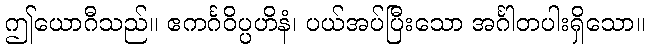
ဤယောဂီသည်။ ဧကင်္ဂဝိပ္ပဟိနံ၊ ပယ်အပ်ပြီးသော အင်္ဂါတပါးရှိသော။